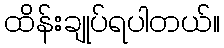
ထိန်းချုပ်ရပါတယ်။